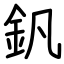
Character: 釩